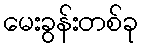
မေးခွန်းတစ်ခု